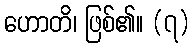
ဟောတိ၊ ဖြစ်၏။ (၇)